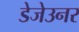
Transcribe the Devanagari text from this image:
डेजेउनर